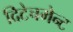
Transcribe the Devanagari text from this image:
दिटेचमेन्ट